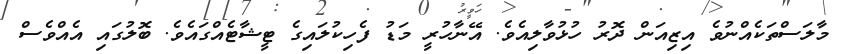
މާލަސްތަކެއްނުވެ އިޒިއަން ދޮރު ހުޅުވާލިއެވެ. އޭނާހުރީ މަޑު ފެހިކުލައިގެ ޓީޝާޓެއްގައެވެ. ބޮލުގައި އެއްވެސް